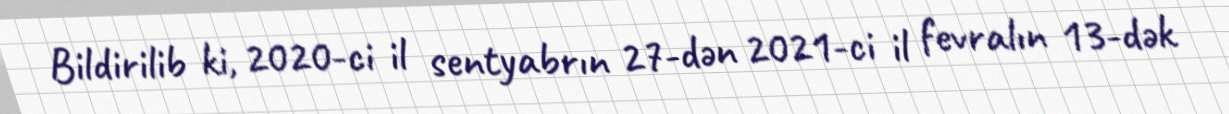
Bildirilib ki, 2020-ci il sentyabrın 27-dən 2021-ci il fevralın 13-dək